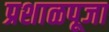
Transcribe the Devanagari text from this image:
प्रशाळपूजा